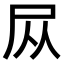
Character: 𪨊